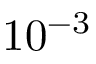
1 0 ^ { - 3 }